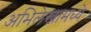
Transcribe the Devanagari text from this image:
अभिलेखामध्ये